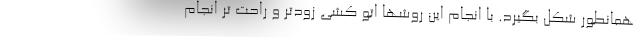
همانطور شکل بگیرد. با انجام این روشها اتو کشی زودتر و راحت تر انجام